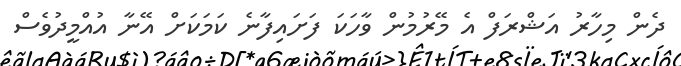
ދެން މިހާރު އަޝްރަފް އެ މޭރުމުން ވާހަކަ ފަށައިފާނެ ކަމަކަށް އޭނާ އުއްމީދުވެސް